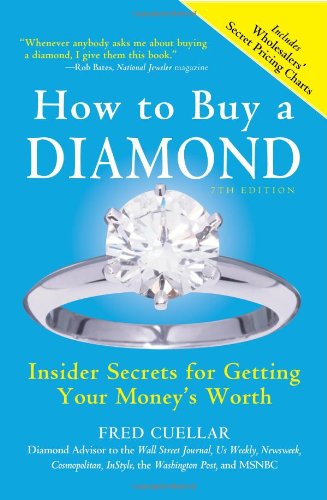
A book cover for How to Buy a Diamond, 7E: Insider Secrets for Getting Your Money's Worth; Fred Cuellar; Reference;